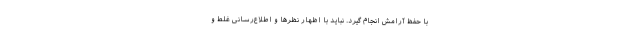
با حفظ آرامش انجام گیرد. نباید با اظهار نظرها و اطلاع‌رسانی غلط و